Leningradi_Edasi_toimetus, lk 25
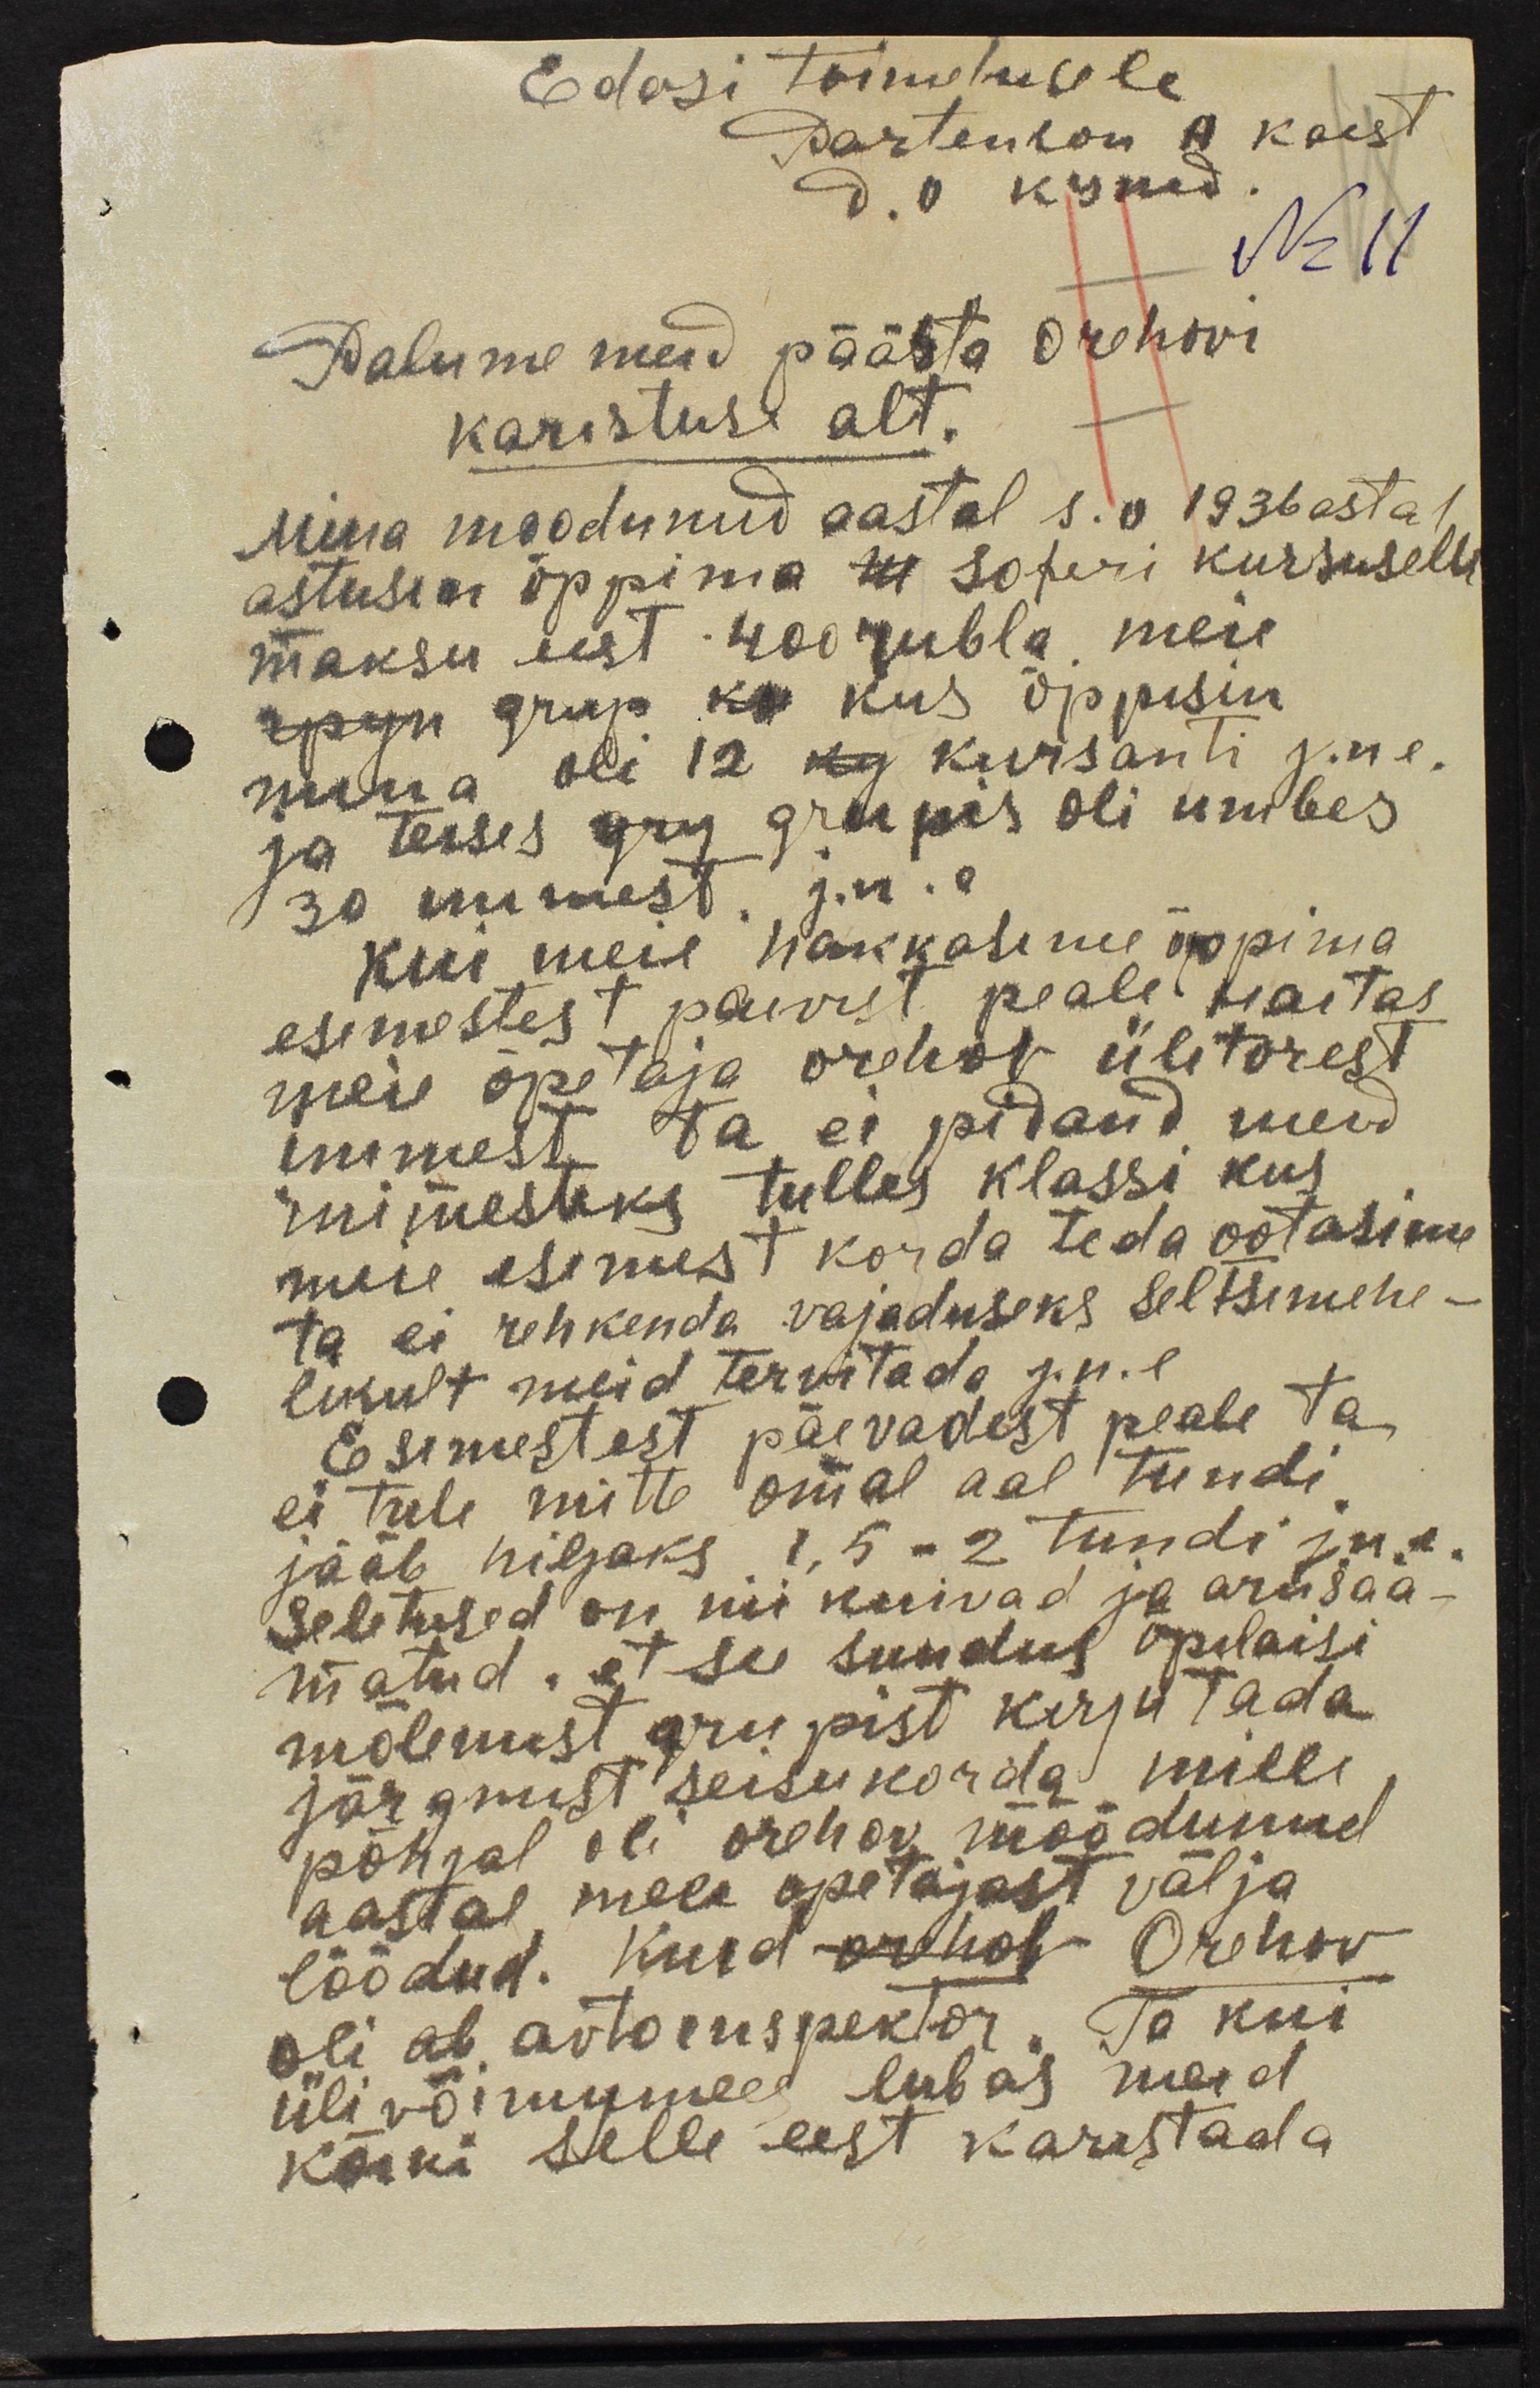
Edasi toimetusele
Partenhon A käest
Nr 11
Palume meid päästa Orehovi
karistuse alt.
Mina moodunud aastal s.o 1936 astal
astusin õppima m soferi kursuselle
maksu eest 400 rubla. meie
rpyn grup ku kus õppisin
mina oli 12 kg kursanti j.n.e.
ja teises gry grupis oli umbes
30 inimest. j.n.e.
Kui meie hakkasime õppima
esimestest paevest peale naitas
meie õpetaja orehov üle torest
inimest ta ei pidand meid
inimesteks tulles klassi kus
meie esimest korda teda ootasime
ta ei rehkenda vajaduseks seltsimehe-
likult meid tervitada j.n.e.
Esimestest päevadest peale ta
ei tule mitte omal aal tundi.
jääb hiljaks 1,5-2 tundi j.n.e.
Seletused on nii kuivad ja arusaa-
matud, et see sundus õpilaisi
mõlemist grupist kirjutada
järgmist seisukorda mille
põhjal oli orehov möödunud
aastal mele õpetajast välja
löödud. Kuid orehob Orehov
oli al autoinspektor. Ta kui
üli võimumees lubas meid
kõiki selle eest karistada